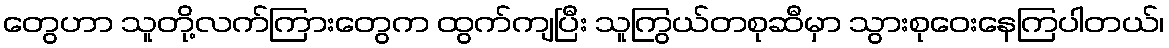
တွေဟာ သူတို့လက်ကြားတွေက ထွက်ကျပြီး သူကြွယ်တစုဆီမှာ သွားစုဝေးနေကြပါတယ်၊